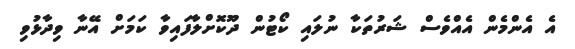
އެ އެންމެން އެއްވެސް ޝަރުތަކާ ނުލައި ކޯޓުން ދޫކޮށްލާފައިވާ ކަމަށް އޭނާ ވިދާޅުވި